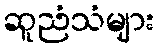
ဆူညံသံများ